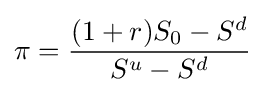
\pi ={\frac {(1+r)S_{0}-S^{d}}{S^{u}-S^{d}}}